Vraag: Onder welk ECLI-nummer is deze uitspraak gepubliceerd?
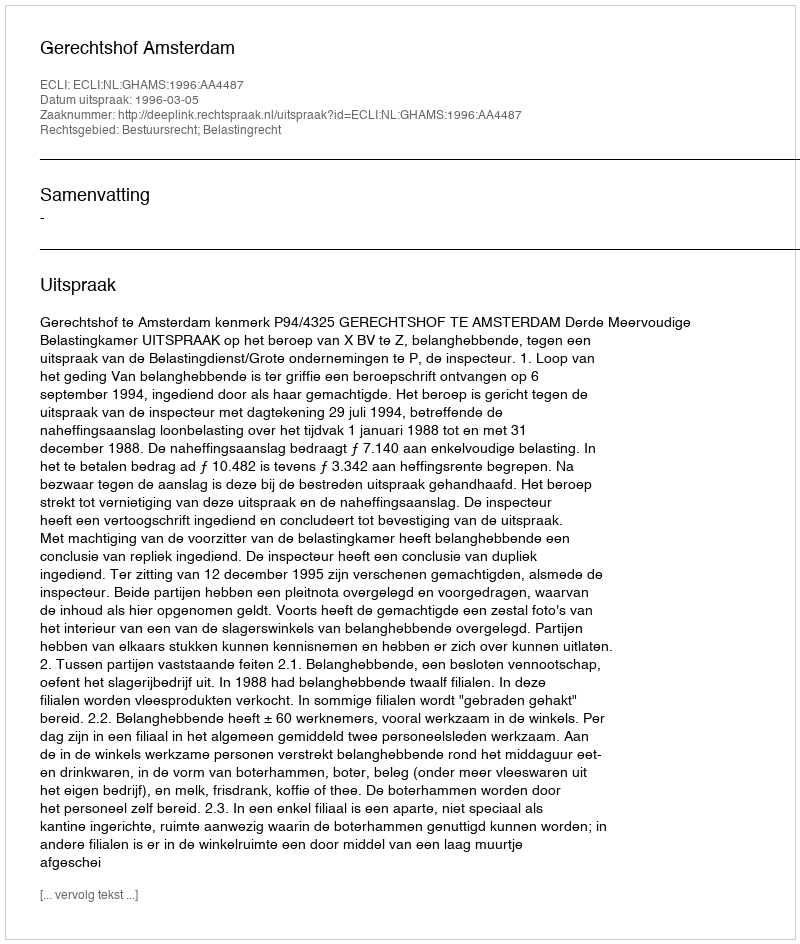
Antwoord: ECLI:NL:GHAMS:1996:AA4487